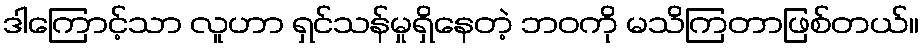
ဒါကြောင့်သာ လူဟာ ရှင်သန်မှုရှိနေတဲ့ ဘဝကို မသိကြတာဖြစ်တယ်။